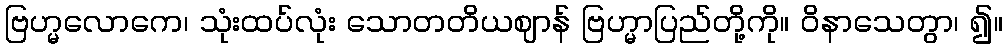
ဗြဟ္မလောကေ၊ သုံးထပ်လုံး သောတတိယဈာန် ဗြဟ္မာပြည်တို့ကို။ ဝိနာသေတွာ၊ ၍။